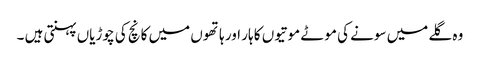
وہ گلے میں سونے کی موٹے موتیوں کا ہار اور ہاتھوں میں کانچ کی چوڑیاں پہنتی ہیں ۔